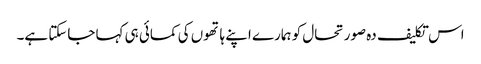
اس تکلیف دہ صورتحال کو ہمارے اپنے ہاتھوں کی کمائی ہی کہا جاسکتا ہے۔